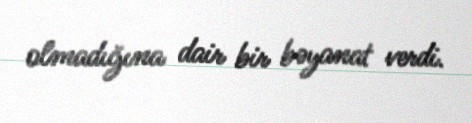
olmadığına dair bir bəyanat verdi.